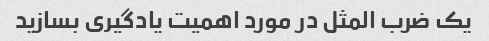
یک ضرب المثل در مورد اهمیت یادگیری بسازید